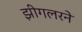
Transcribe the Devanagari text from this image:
झीगलरने